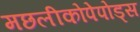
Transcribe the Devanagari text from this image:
मछलीकोपेपोड्स